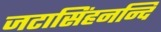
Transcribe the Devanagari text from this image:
जटासिंहनन्दि